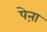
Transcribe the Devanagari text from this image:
पेऩा